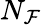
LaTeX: N_{\mathcal{F}}